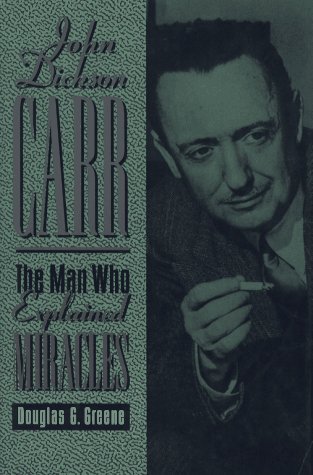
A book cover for John Dickson Carr: The Man Who Explained Miracles; Douglas G. Greene; Mystery, Thriller & Suspense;